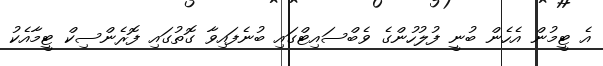
އެ ޓީމުން އެހެން ބުނީ ފުލުހުންގެ ވެބްސައިޓްގައި ބުނެފައިވާ ގޮތުގައި ފޮރެންސިކް ޓީމާއެކު